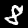
Label: 8